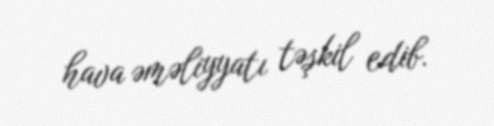
hava əməliyyatı təşkil edib.